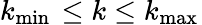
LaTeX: k_{\operatorname*{min}{}}\le k\le k_{\operatorname*{max}{}}